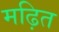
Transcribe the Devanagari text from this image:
मढ़ित